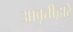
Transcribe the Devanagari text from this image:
आवृत्तीद्वारे